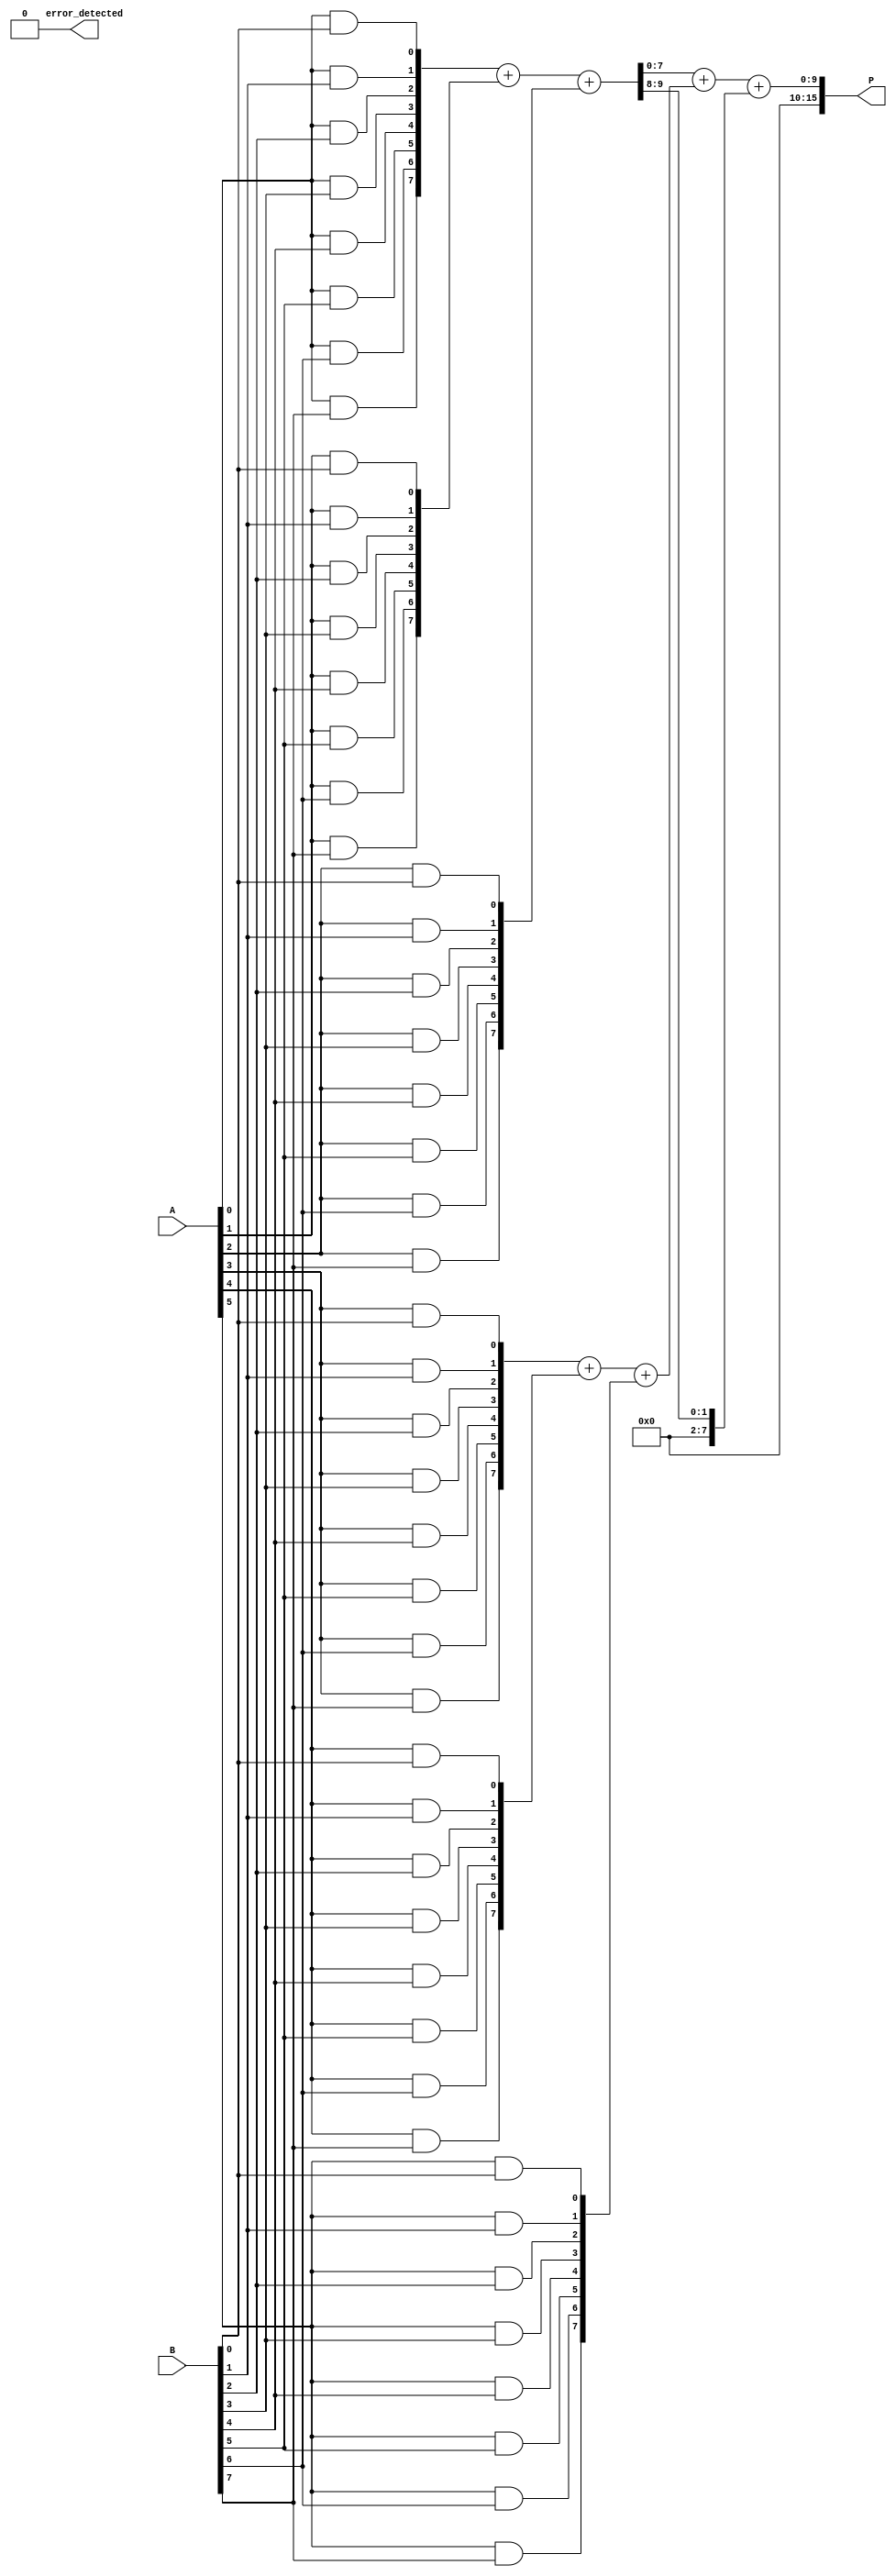
module Fault_Tolerant_Wallace_Tree_Multiplier #(parameter N = 8) (
    input  [N-1:0] A,
    input  [N-1:0] B,
    output reg [2*N-1:0] P,
    output reg error_detected
);

    // Partial product generation
    wire [N-1:0] pp [0:N-1]; // Partial products
    genvar i, j;
    generate
        for (i = 0; i < N; i = i + 1) begin : gen_partial_products
            for (j = 0; j < N; j = j + 1) begin : and_gate
                assign pp[i][j] = A[i] & B[j];
            end
        end
    endgenerate

    // Wallace tree reduction
    wire [N-1:0] sum [0:N-1]; // Sums
    wire [N-1:0] carry [0:N-1]; // Carries
    wire [N-1:0] final_sum;
    wire [N-1:0] final_carry;

    // Reduction stage
    generate
        for (i = 0; i < N-1; i = i + 1) begin : reduction_stage
            if (i % 3 == 0) begin
                // Use full adders for groups of three
                assign {carry[i/3], sum[i/3]} = pp[i] + pp[i+1] + pp[i+2];
            end
        end
    endgenerate

    // Final addition stage
    assign {final_carry, final_sum} = sum[0] + sum[1] + carry[0];

    // Final product assignment
    always @(*) begin
        P = {final_carry, final_sum}; // Concatenate carry and sum
        error_detected = 0; // Placeholder for error detection logic
        // Implement error detection logic here (parity, checksums, etc.)
    end

endmodule